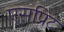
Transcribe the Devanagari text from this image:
एसप्रिट